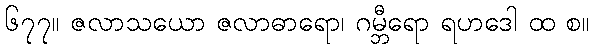
၆၇၇။ ဇလာသယော ဇလာဓာရော၊ ဂမ္ဘီရော ရဟဒေါ ထ စ။